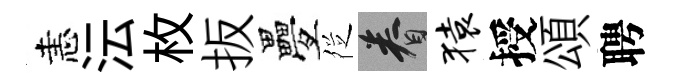
恚沄枚扳疊徔眷猿授頌聘